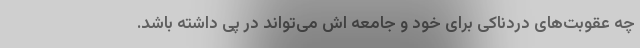
چه عقوبت‌های دردناکی برای خود و جامعه اش می‌تواند در پی داشته باشد.